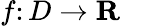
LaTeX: f\colon D\rightarrow\mathbf{R}\quad